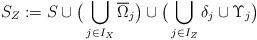
LaTeX: \begin{align*}S_Z:=S\cup\big(\bigcup_{j\in I_X}\overline\Omega_j\big)\cup\big(\bigcup_{j\in I_Z}\delta_j\cup\Upsilon_j\big)\end{align*}